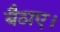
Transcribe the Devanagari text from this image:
बैठाए।